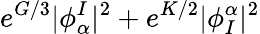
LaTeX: e^{G/3}|\phi_{\alpha}^{I}|^{2}+e^{K/2}|\phi_{I}^{\alpha}|^{2}